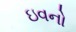
ઇવનો